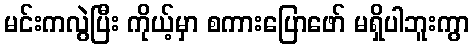
မင်းကလွဲပြီး ကိုယ့်မှာ စကားပြောဖော် မရှိပါဘူးကွာ